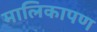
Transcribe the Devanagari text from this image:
मालिकापण